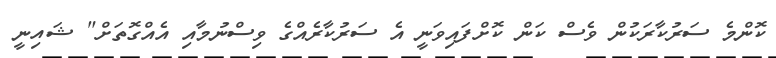
ކޮންމެ ސަރުކާރަކުން ވެސް ކަން ކޮށްފައިވަނީ އެ ސަރުކާރެއްގެ ވިސްނުމާއި އެއްގޮތަށް" ޝައިނީ